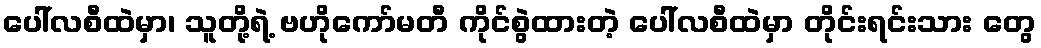
ပေါ်လစီထဲမှာ၊ သူတို့ရဲ့ ဗဟိုကော်မတီ ကိုင်စွဲထားတဲ့ ပေါ်လစီထဲမှာ တိုင်းရင်းသား တွေ